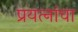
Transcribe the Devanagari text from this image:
प्रयत्‍नांचा